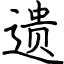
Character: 遗